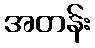
အတန်း